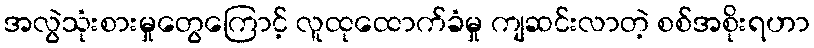
အလွဲသုံးစားမှုတွေကြောင့် လူထုထောက်ခံမှု ကျဆင်းလာတဲ့ စစ်အစိုးရဟာ